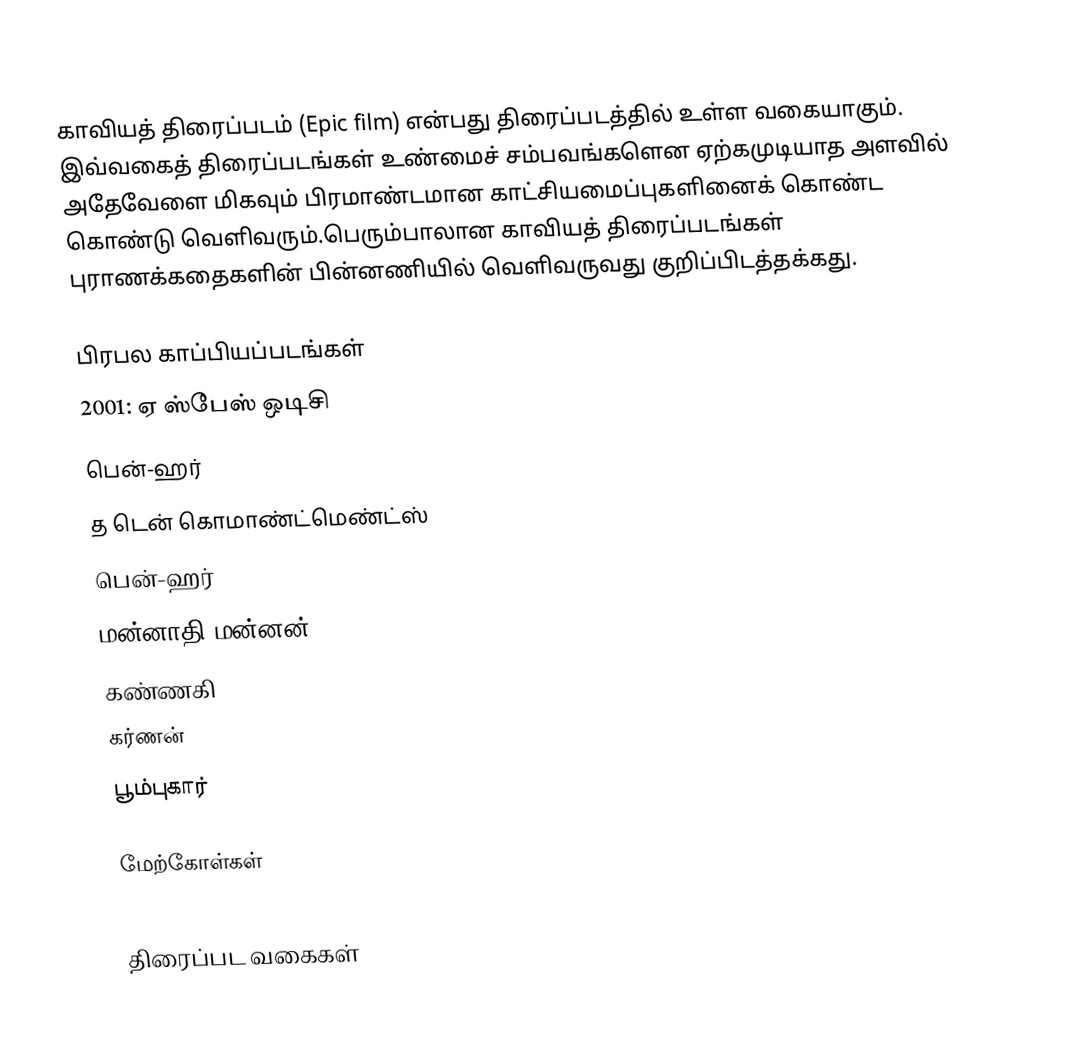
காவியத் திரைப்படம் (Epic film) என்பது திரைப்படத்தில் உள்ள வகையாகும். இவ்வகைத் திரைப்படங்கள் உண்மைச் சம்பவங்களென ஏற்கமுடியாத அளவில் அதேவேளை மிகவும் பிரமாண்டமான காட்சியமைப்புகளினைக் கொண்ட கொண்டு வெளிவரும்.பெரும்பாலான காவியத் திரைப்படங்கள் புராணக்கதைகளின் பின்னணியில் வெளிவருவது குறிப்பிடத்தக்கது.

பிரபல காப்பியப்படங்கள்
 2001: ஏ ஸ்பேஸ் ஒடிசி
 பென்-ஹர்
 த டென் கொமாண்ட்மெண்ட்ஸ்
 பென்-ஹர்
 மன்னாதி மன்னன்
 கண்ணகி
 கர்ணன்
 பூம்புகார்

மேற்கோள்கள்

திரைப்பட வகைகள்